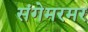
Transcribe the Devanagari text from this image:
संगेमरमर